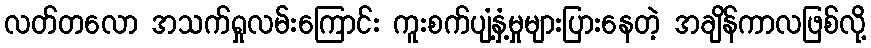
လတ်တလော အသက်ရှုလမ်းကြောင်း ကူးစက်ပျံ့နှံ့မှုများပြားနေတဲ့ အချိန်ကာလဖြစ်လို့